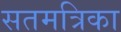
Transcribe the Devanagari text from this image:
सतमत्रिका